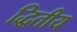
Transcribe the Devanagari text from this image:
द्धितीय